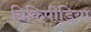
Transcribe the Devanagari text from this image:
विकिपीडिया